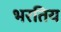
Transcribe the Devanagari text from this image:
भरतिय